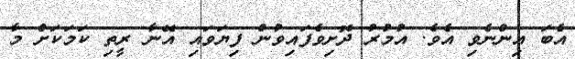
އެބަ އިންނެވި އެވެ. އުމުރު ދޮށިވެފައިވުން ފިޔަވައި އޭނާ ރީތި ކަމަކަށް މާ